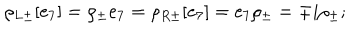
\rho _ { L \pm } [ e _ { 7 } ] = \rho _ { \pm } e _ { 7 } = \rho _ { R \pm } [ e _ { 7 } ] = e _ { 7 } \rho _ { \pm } = \mp i \rho _ { \pm } ;